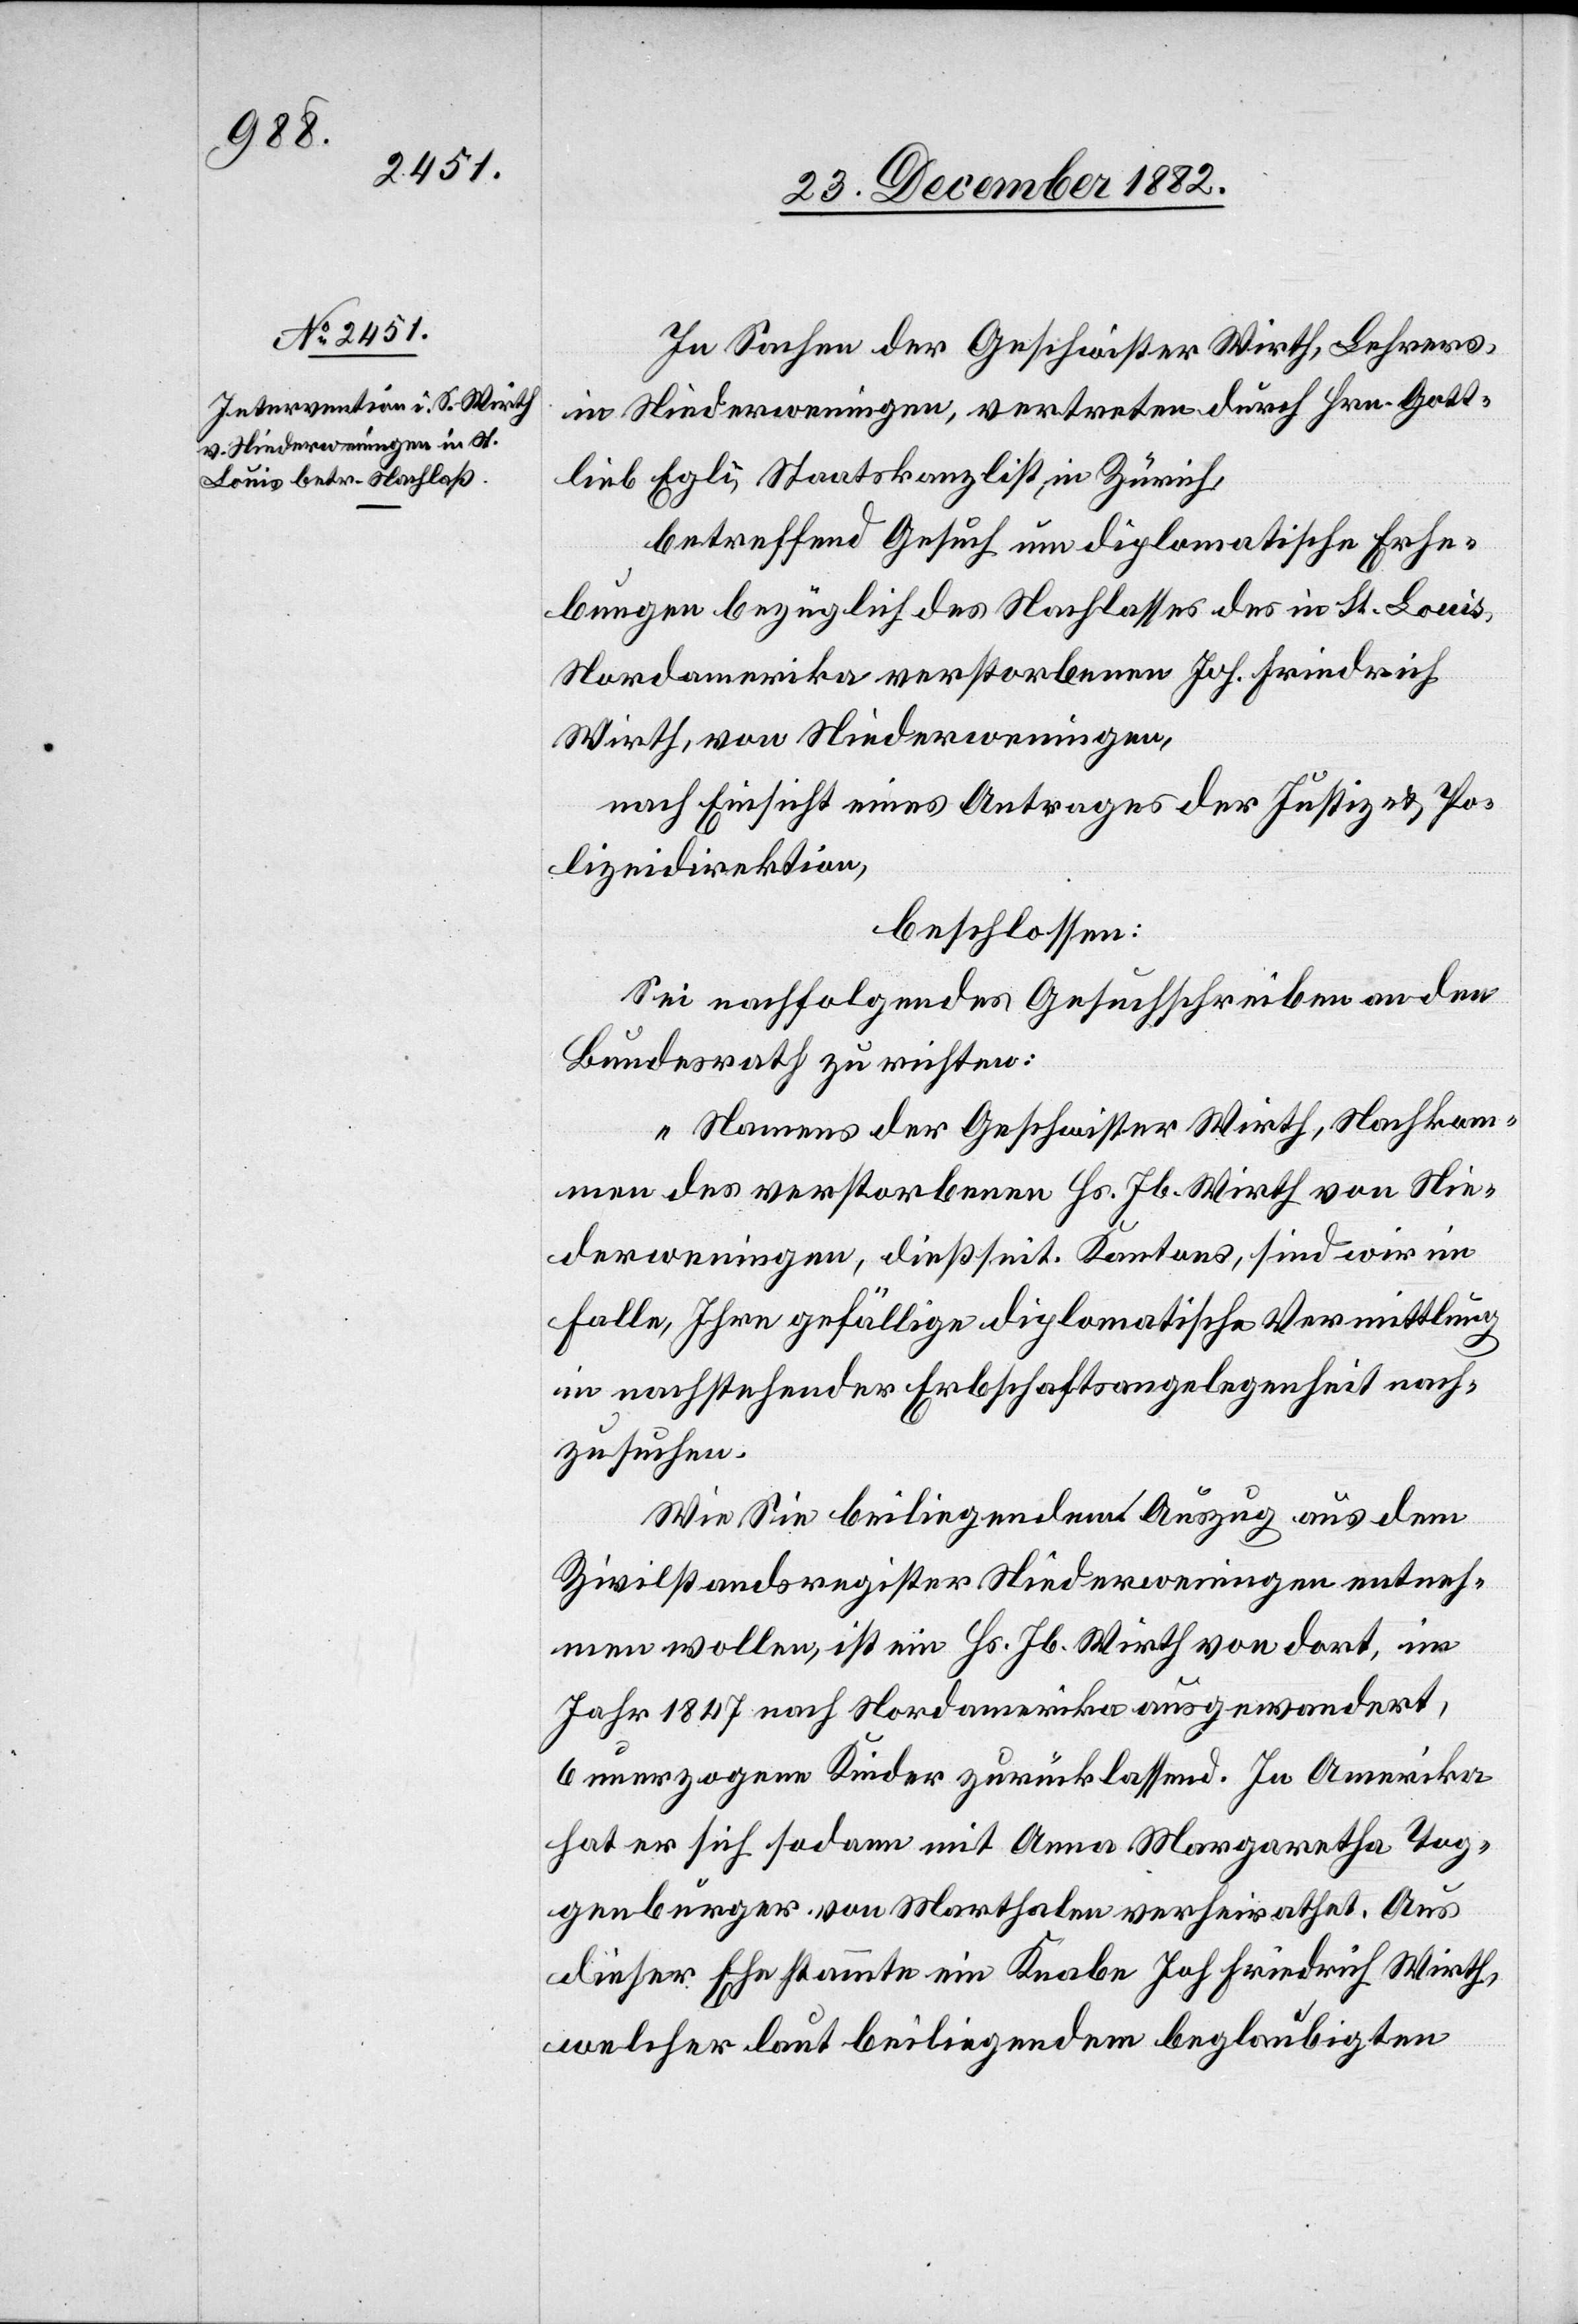
In Sachen der Geschwister Wirth, Lehrers
in Niederweningen, vertreten durch Hrn. Gott¬
lieb Egli, Staatskanzlist, in Zürich,
betreffend Gesuch um diplomatische Erhe¬
bungen bezüglich des Nachlasses des in St. Louis,
Nordamerika verstorbenen Joh. Friedrich
Wirth, von Niederweningen,
nach Einsicht eines Antrages der Justiz- & Po¬
lizeidirektion,
beschlossen:
Sei nachfolgendes Gesuchschreiben an den
Bundesrath zu richten:
„Namens der Geschwister Wirth Nachkom¬
men des verstorbenen Js. Jb. Wirth von Nie¬
derweningen, dießseit. Kantons, sind wir im
Falle, Ihre gefällige diplomatische Vermittlung
in nachstehender Erbschaftsangelegenheit nach¬
zusuchen.
Wie Sie beiliegendem Auszug aus dem
Zivilstandsregister Niederweningen entneh¬
men wollen, ist ein Hs. Jb. Wirth von dort, im
Jahr 1847 nach Nordamerika ausgewandert,
unerzogene Kinder zurücklassend. In Amerika
hat er sich sodann mit Anna Margaretha Tog¬
genburger von Marthalen verheirathet. Aus
dieser Ehe stammte ein Knabe Joh[.] Friedrich Wirth,
welcher laut beiliegendem beglaubigten